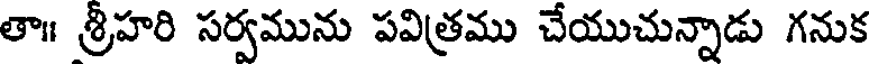
తా॥ శ్రీహరి సర్వమును పవిత్రము చేయుచున్నాడు గనుక